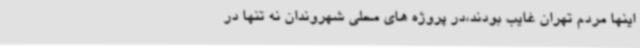
اینها مردم تهران غایب بودند،در پروژه های محلی شهروندان نه تنها در